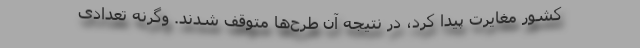
کشور مغایرت پیدا کرد، در نتیجه آن طرح‌ها متوقف شدند. وگرنه تعدادی